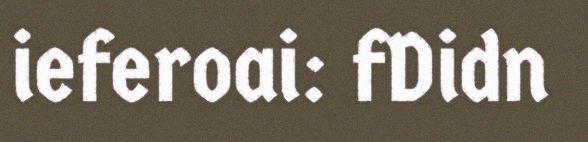
ieferoai: fDidn